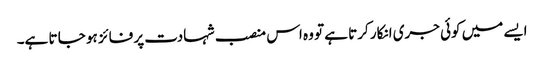
ایسے میں کوئی جری انکار کرتا ہے تو وہ اس منصب شہادت پر فائز ہو جا تا ہے۔